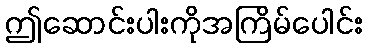
ဤဆောင်းပါးကိုအကြိမ်ပေါင်း